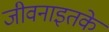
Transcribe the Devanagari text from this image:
जीवनाइतके